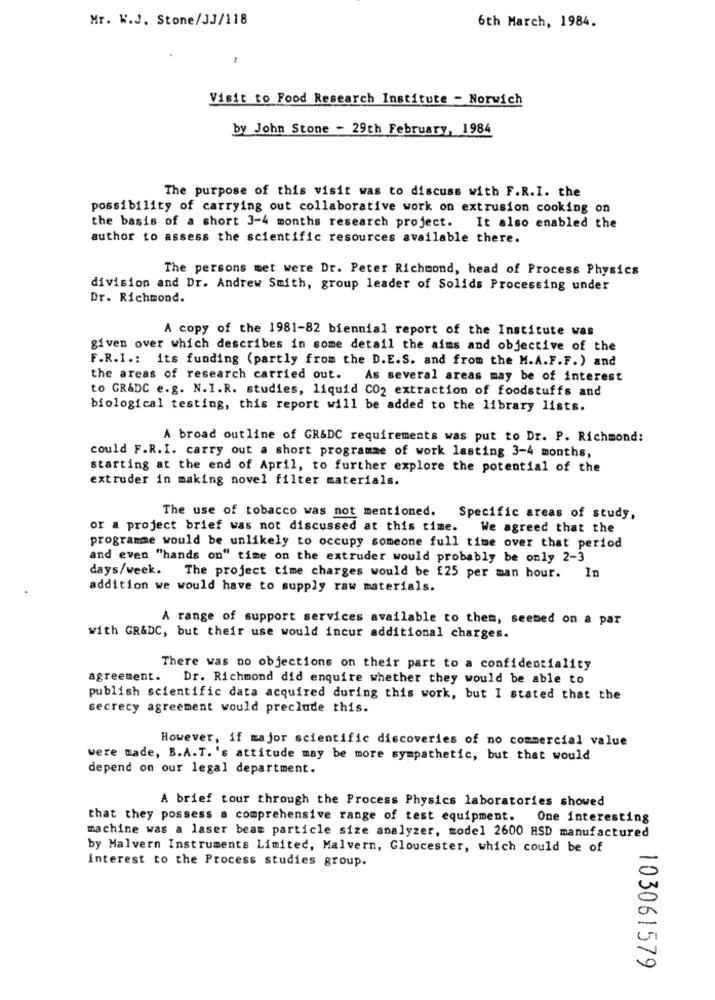
Mr. W.J. Stone/JJ/118
6th March, 1984.
Visit to Food Research Institute - Norwich
by John Stone - 29th February, 1984
The purpose of this visit was to discuss with F.R.I. the
possibility of carrying out collaborative work on extrusion cooking on
the basis of a short 3-4 months research project. It also enabled the
author to assess the scientific resources available there.
The persons met were Dr. Peter Richmond, head of Process Physics
division and Dr. Andrew Smith, group leader of Solids Processing under
Dr. Richmond.
A copy of the 1981-82 biennial report of the Institute was
given over which describes in some detail the aims and objective of the
F.R.I .: its funding (partly from the D.E.S. and from the M.A.F.F.) and
the areas of research carried out.
As several areas may be of interest
to GR&DC e.g. N.I.R. studies, liquid CO2 extraction of foodstuffs and
biological testing, this report will be added to the library lists.
A broad outline of GR&DC requirements was put to Dr. P. Richmond:
could F.R. I. carry out a short programme of work lasting 3-4 months,
starting at the end of April, to further explore the potential of the
extruder in making novel filter materials.
The use of tobacco was not mentioned.
Specific areas of study,
or a project brief was not discussed at this time.
We agreed that the
programme would be unlikely to occupy someone full time over that period
and even "hands on" time on the extruder would probably be only 2-3
days/week. The project time charges would be £25 per man hour.
In
addition we would have to supply raw materials.
A range of support services available to them, seemed on & par
with GR&DC, but their use would incur additional charges.
There was no objections on their part to a confidentiality
agreement. Dr. Richmond did enquire whether they would be able to
publish scientific data acquired during this work, but I stated that the
secrecy agreement would preclude this.
However, if major scientific discoveries of no commercial value
were made, B.A.T. 's attitude may be more sympathetic, but that would
depend on our legal department.
A brief tour through the Process Physics laboratories showed
that they possess a comprehensive range of test equipment.
One interesting
machine was a laser beam particle size analyzer, model 2600 HSD manufactured
by Malvern Instruments Limited, Malvern, Gloucester, which could be of
interest to the Process studies group.
103061579